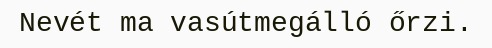
Nevét ma vasútmegálló őrzi.